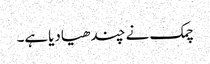
چمک نے چندھیادیاہے۔